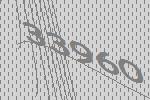
33960